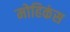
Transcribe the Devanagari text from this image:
मोहिकंस